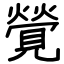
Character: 覮